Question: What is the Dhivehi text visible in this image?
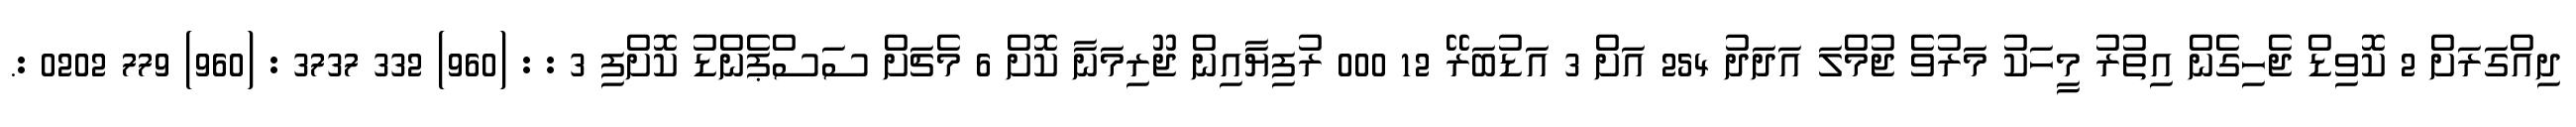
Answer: ދިއްގަރަށް 2 ކޮވިޑް ޖެހިގެން އިތުރު މީހަކު މަރުވެ ޖުމްލަ އަދަދު 254 އަށް 3 އަޑުބަރޭ 12 000 ރުފިޔާއިން ޖޫރިމަނާ ކޮށް 6 މެޗަށް ސަސްޕެންޑު ކޮށްފި 3 : : (960) 332 3737 : (960) 779 0202 :.